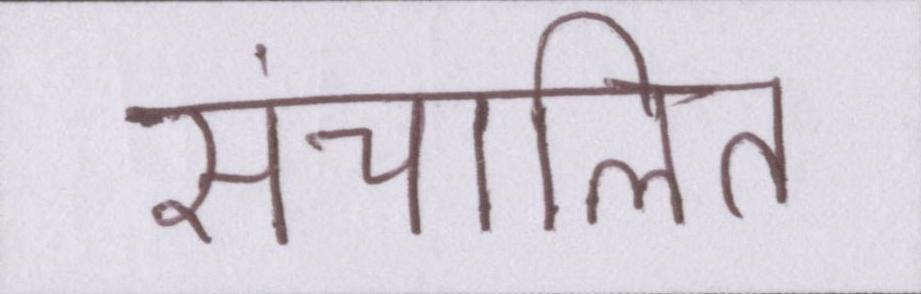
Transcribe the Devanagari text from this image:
संचालित